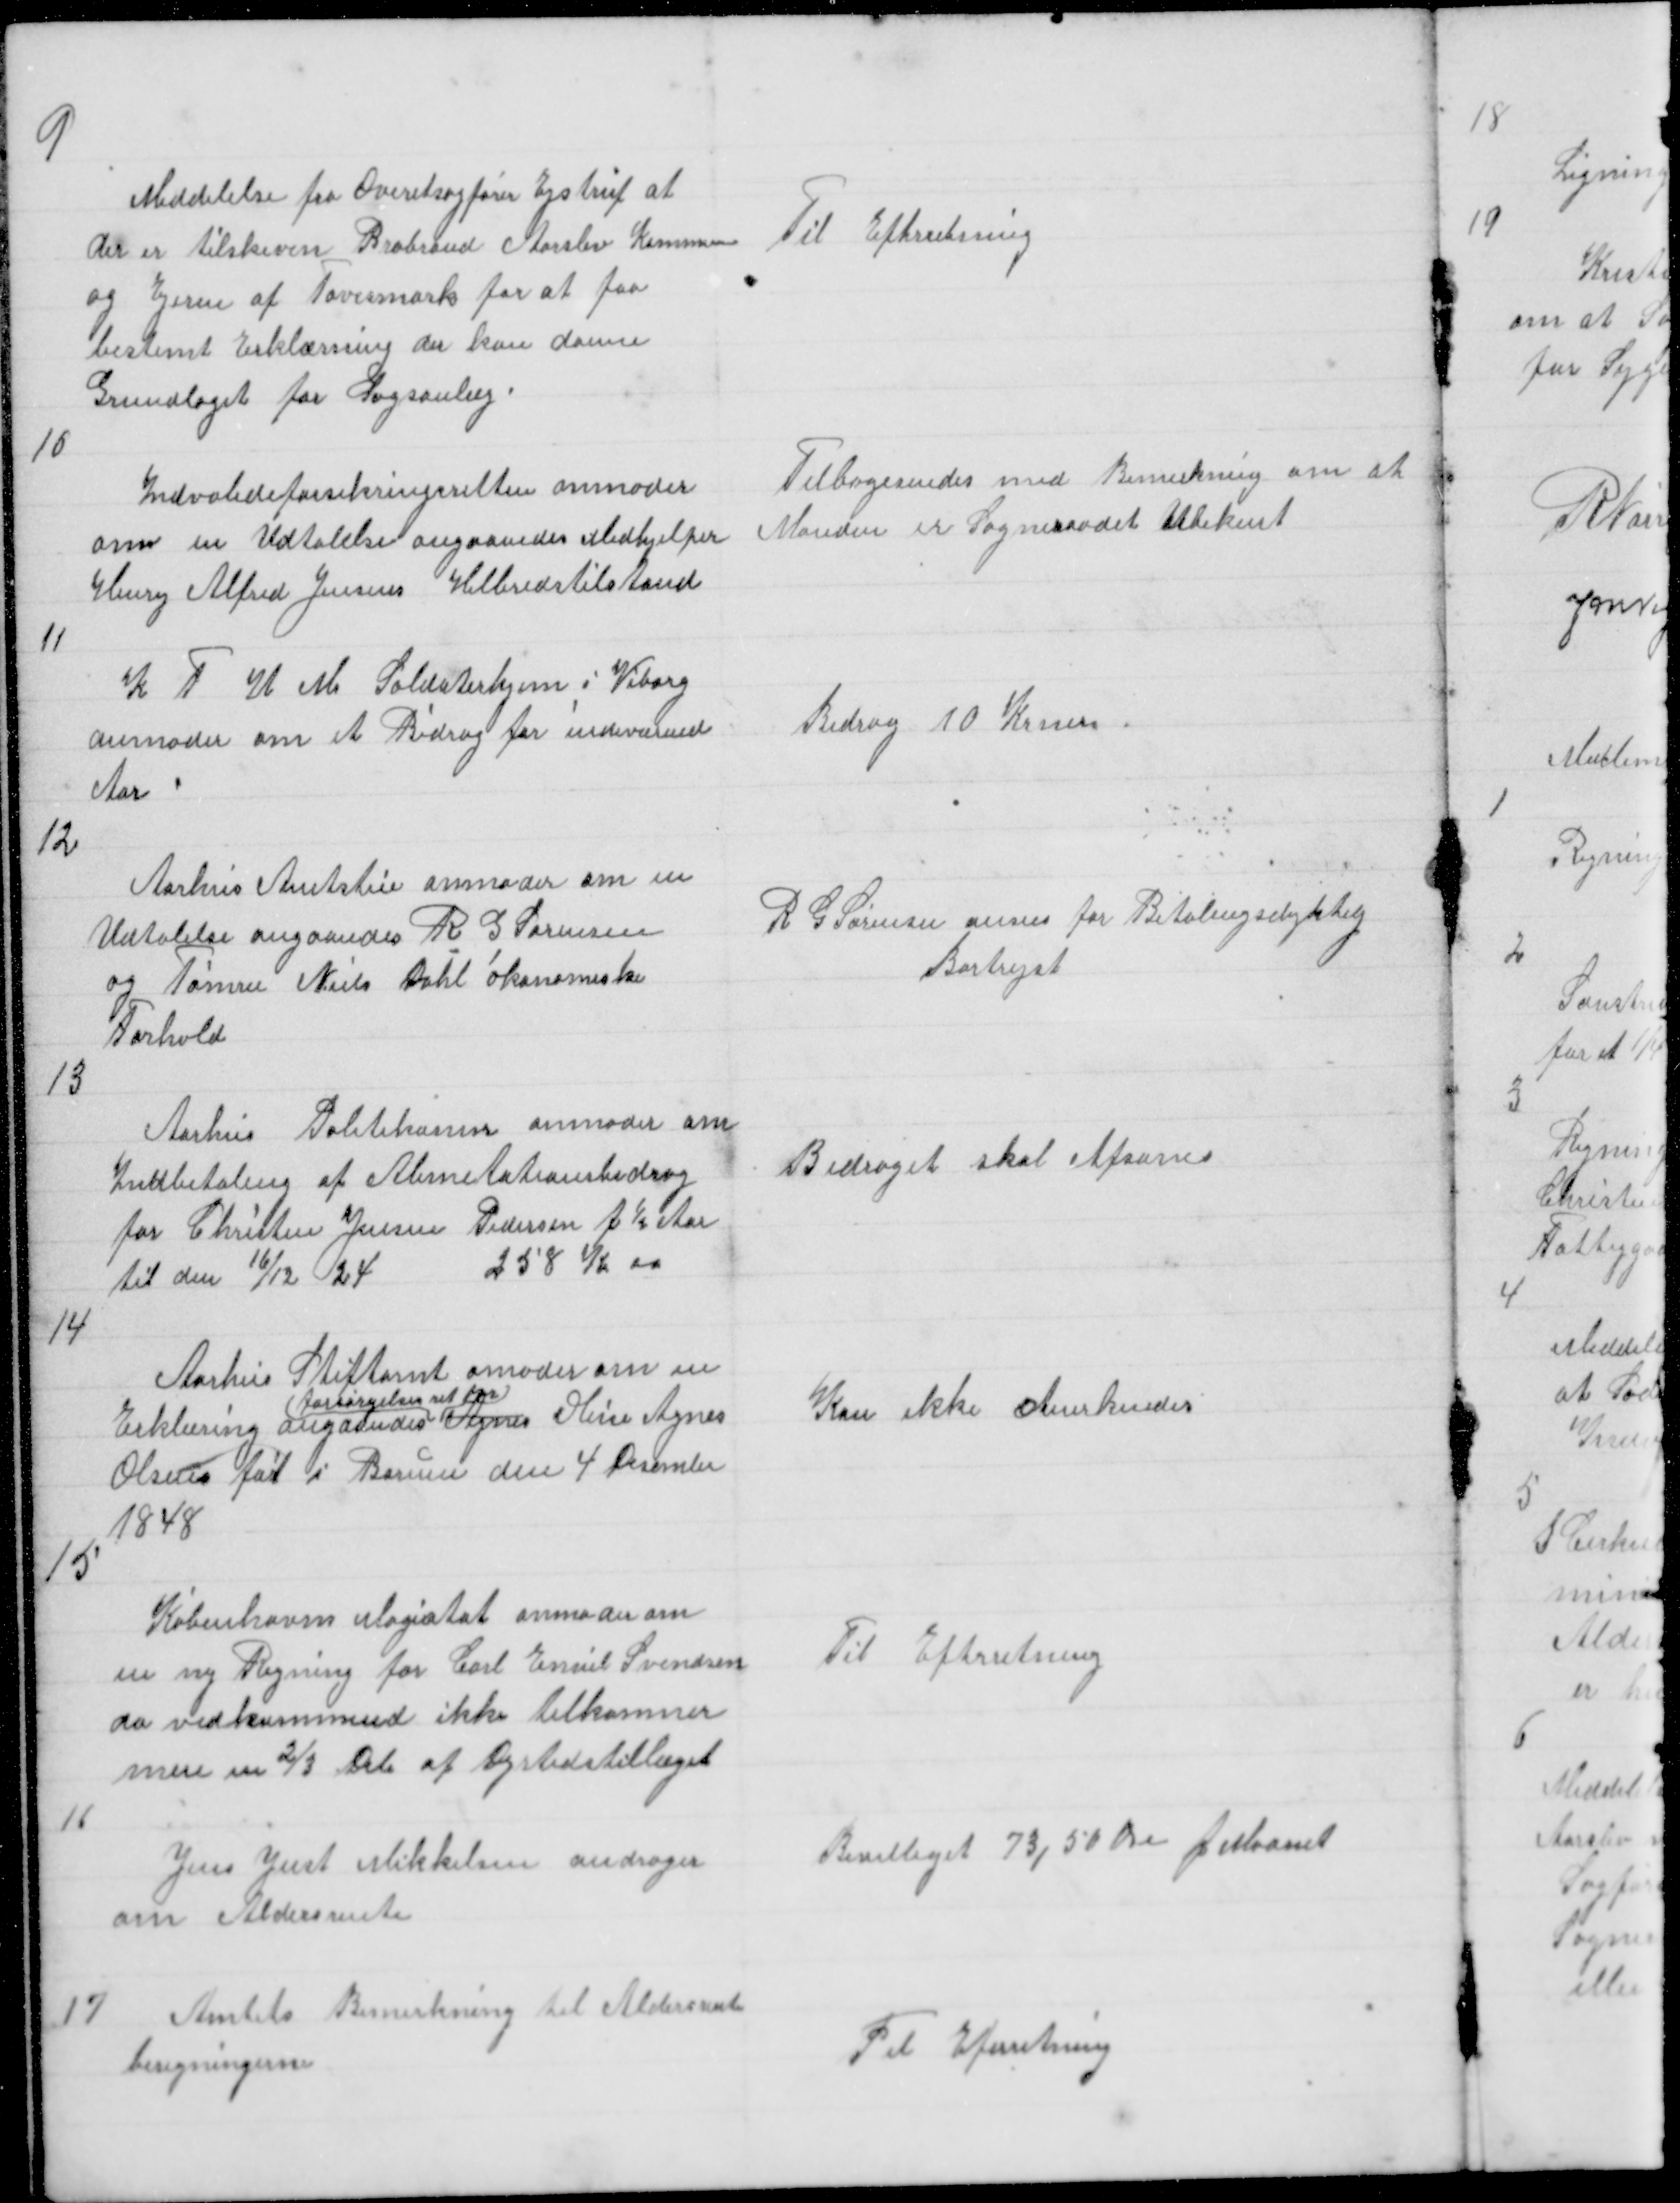
Transskription:
9

Meddelelse fra Overetsagfører Ejstrup at
der er tilskeven Brabrand Aarslev Kommune
og Ejeren af Tovesmark for at faa
bestemt Erklæring der kan danne
Grundlaget for Sagsanlæg.

Til Efterretning

10

Indvalideforsikringsretten amoder
om en Udtalelse angaaendes Medhjelper
Henry Alfred Jensens Helbredstilstand

Tilbagesendes med Bemærkning om at
Manden er Sogneraadet Ubekent

11

K F U M Soldaterhjem i Viborg
anmoder om et Bidrag for indeværende
Aar

Bidrag 10 Krner

12

Aarhus Amtstue anmoder om en
Udtalelse angaaendes R G Sørensen
og Tømrer Niels Dahl økonomiske
Forhold

R G Sørensen anses for Betalingsdyktig
Bortrejst

13

Aarhus Politikamer anmoder om
Indbetaling af Alimetationsbidrag
for Christen Jensen Pedersen f ½ Aar
til den 16/12 24
258 K 00

Bidraget skal Afsones

14

Aarhus Stiftamt amoder om en
Erklæring angaandes
forsørgelses ret for
Agnes Oline Agnes
Olsens føt i Borum den 4 Desembr
1848

Kan ikke Anerkendes

15

Københavns Magistat anmoder om
en ny Regning for Carl Emiel Svendsen
da vedkommende ikke tilkommer
mere en ⅔ Dele af Dyrtidstillæget

Til Efterretning

16

Jens Just Mikkelsen andrager
om Aldersrente

Bevilliget 73,50 Øre p Maanet

17

Amtets Bemerkning til Aldersrente
beregningerne

Til Efterretning